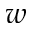
w